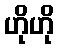
ဟိုဟို